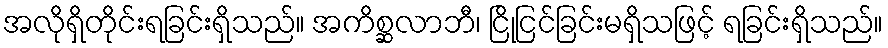
အလိုရှိတိုင်းရခြင်းရှိသည်။ အကိစ္ဆလာဘီ၊ ငြိုငြင်ခြင်းမရှိသဖြင့် ရခြင်းရှိသည်။